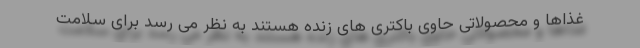
غذاها و محصولاتی حاوی باکتری های زنده هستند به نظر می رسد برای سلامت